system: You are a helpful assistant.
user:
Analyze the provided spectrum to determine if it is a **Carbon Star (C-type)**.

- **Key Visual Indicators of Carbon Star:**
    - **(Primary):** Strong molecular absorption from **C₂ (diatomic carbon) "Swan Bands."** This is the **defining feature** of a carbon star.
        - **(Key Bandheads):** Sharp absorption edges are visible at approximately $5635$ Å, $5165$ Å (the strongest band), and $4737$ Å.
        - **(Line Profile):** Creates a distinct **"saw-tooth"** pattern. The key morphology is a sharp, steep bandhead on the **red (long-wavelength) side**, which then gradually tapers off (i.e., flux recovers) towards the **blue (short-wavelength) side**. *(This is the direct opposite of the TiO bands seen in M-type stars)*.

    - **(Secondary):** Intense **CN (cyanogen)** molecular absorption bands.
        - **(Key Bandheads):** Located in the blue and violet regions of the spectrum (e.g., near $4215$ Å and $3883$ Å).
        - **(Morphology):** These bands are extremely broad and act as a "blanket," absorbing the vast majority of blue and violet light. This creates a characteristic **"cliff"** or **"steep drop-off"** in the spectrum's flux at short wavelengths.

    - **(Key Confirmation):** Strong **CH absorption band (G-band)**.
        - **(Key Bandhead):** Located around $4300$ Å. The contribution from CH molecules to this band is exceptionally strong.

    - **(Overall Spectrum):**
        - The continuum is severely "chopped up" by these deep molecular bands, especially C₂, rather than appearing as a smooth curve.
        - Due to the heavy CN and C₂ absorption in the blue-green, the vast majority of the star's flux is concentrated in the red part of the spectrum, giving the star its characteristic deep red color.

Think first, call **spectral_visualization_tool** if needed to examine features in detail, then provide your final answer. Your response must adhere to the following strict rules:
1.  **Overall Structure:** Your response must follow the format `<think>...</think> <tool_call>...</tool_call> (if a tool is used) <answer>...</answer>`.
2.  **Tool Usage Constraint:** You may only make **one** tool call per turn.
3.  **Final Answer Format:** In the `<answer>` tag, your conclusion must be inside a `\boxed{}` command (e.g., `\boxed{YES}`), followed by your justification.

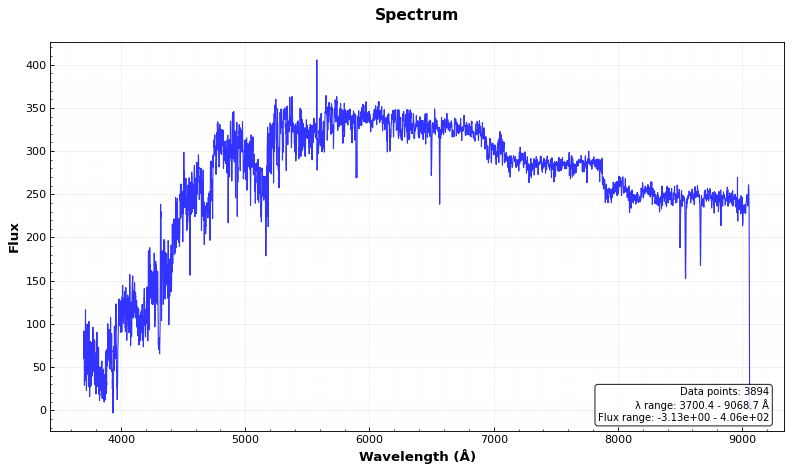
Answer: YES